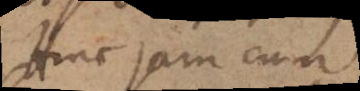
Hinc jam cum